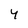
Character: 4